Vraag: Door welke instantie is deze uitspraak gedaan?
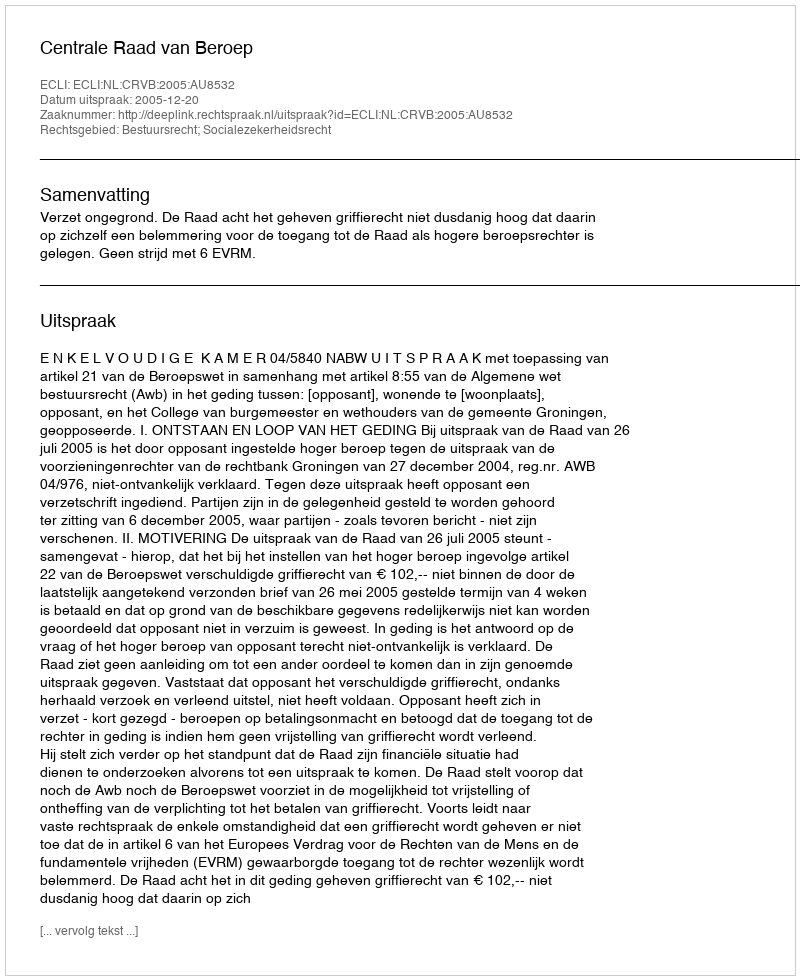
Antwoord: Centrale Raad van Beroep